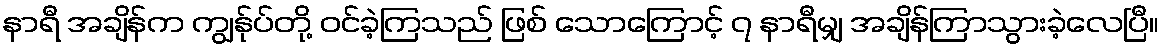
နာရီ အချိန်က ကျွန်ုပ်တို့ ဝင်ခဲ့ကြသည် ဖြစ် သောကြောင့် ၇ နာရီမျှ အချိန်ကြာသွားခဲ့လေပြီ။